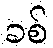
ခစ်